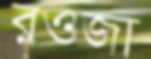
রওজা